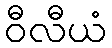
ဝီလီယံ